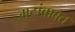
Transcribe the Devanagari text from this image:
गटांबाबत